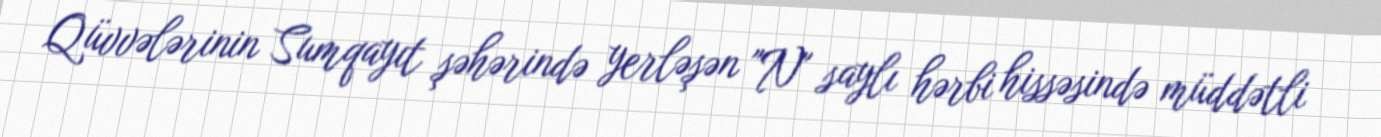
Qüvvələrinin Sumqayıt şəhərində yerləşən "N" saylı hərbi hissəsində müddətli